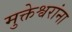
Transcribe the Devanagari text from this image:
मुक्तेश्वरांना